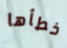
خطأها